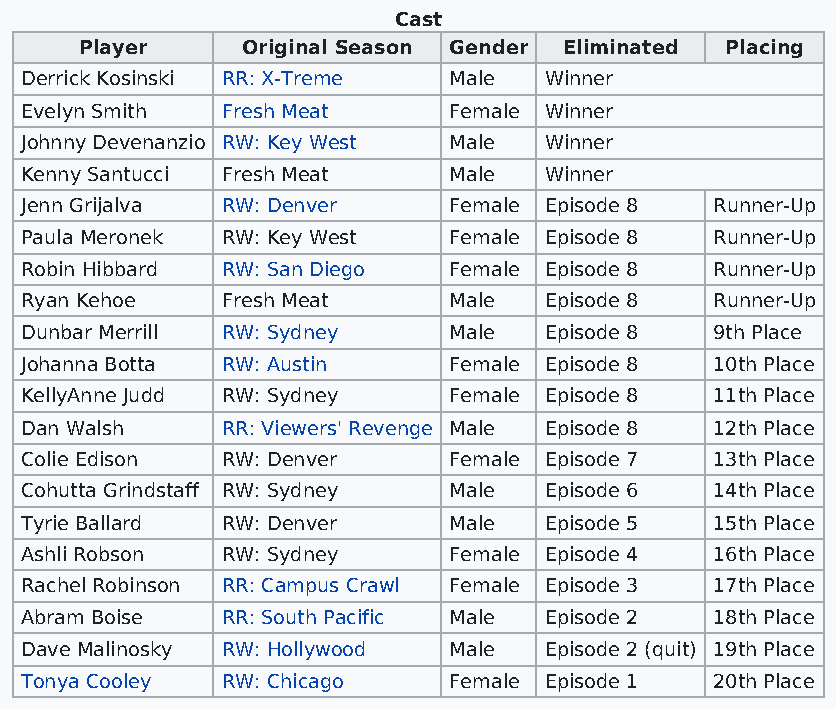
Cast
 Player     Original Season Gender Eliminated Placing
 Derrick Kosinski RR: X-Treme Male  Winner
 Evelyn Smith  Fresh Meat     Female Winner
 Johnny Devenanzio RW: Key West Male Winner
 Kenny Santucci Fresh Meat    Male  Winner
 Jenn Grijalva RW: Denver     Female Episode 8 Runner-Up
 Paula Meronek RW: Key West   Female Episode 8 Runner-Up
 Robin Hibbard RW: San Diego  Female Episode 8 Runner-Up
 Ryan Kehoe    Fresh Meat     Male  Episode 8  Runner-Up
 Dunbar Merrill RW: Sydney    Male  Episode 8  9th Place
 Johanna Botta RW: Austin     Female Episode 8 10th Place
 KellyAnne Judd RW: Sydney    Female Episode 8 11th Place
 Dan Walsh     RR: Viewers' Revenge Male Episode 8 12th Place
 Colie Edison  RW: Denver     Female Episode 7 13th Place
 Cohutta Grindstaff RW: Sydney Male Episode 6  14th Place
 Tyrie Ballard RW: Denver     Male  Episode 5  15th Place
 Ashli Robson  RW: Sydney     Female Episode 4 16th Place
 Rachel Robinson RR: Campus Crawl Female Episode 3 17th Place
 Abram Boise   RR: South Pacific Male Episode 2 18th Place
 Dave Malinosky RW: Hollywood Male  Episode 2 (quit) 19th Place
 Tonya Cooley  RW: Chicago    Female Episode 1 20th Place